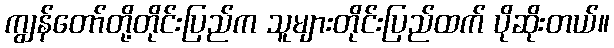
ကျွန်တော်တို့တိုင်းပြည်က သူများတိုင်းပြည်ထက် ပိုဆိုးတယ်။